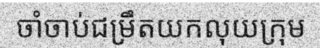
ចាំចាប់ជម្រឹតយកលុយក្រុម